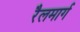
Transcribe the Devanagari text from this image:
रैलमार्ग